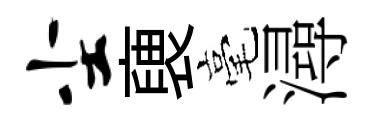
尘褏毫潯